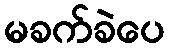
မခက်ခဲပေ